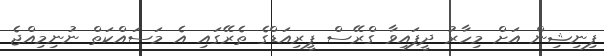
ފިނިޝިން އަށް މިހާރު ދީފައިވާ ގްރޭސް ޕީރިއަޑްގެ ތެރޭގައި އެ މަސައްކަތް ނުނިމިއްޖެ